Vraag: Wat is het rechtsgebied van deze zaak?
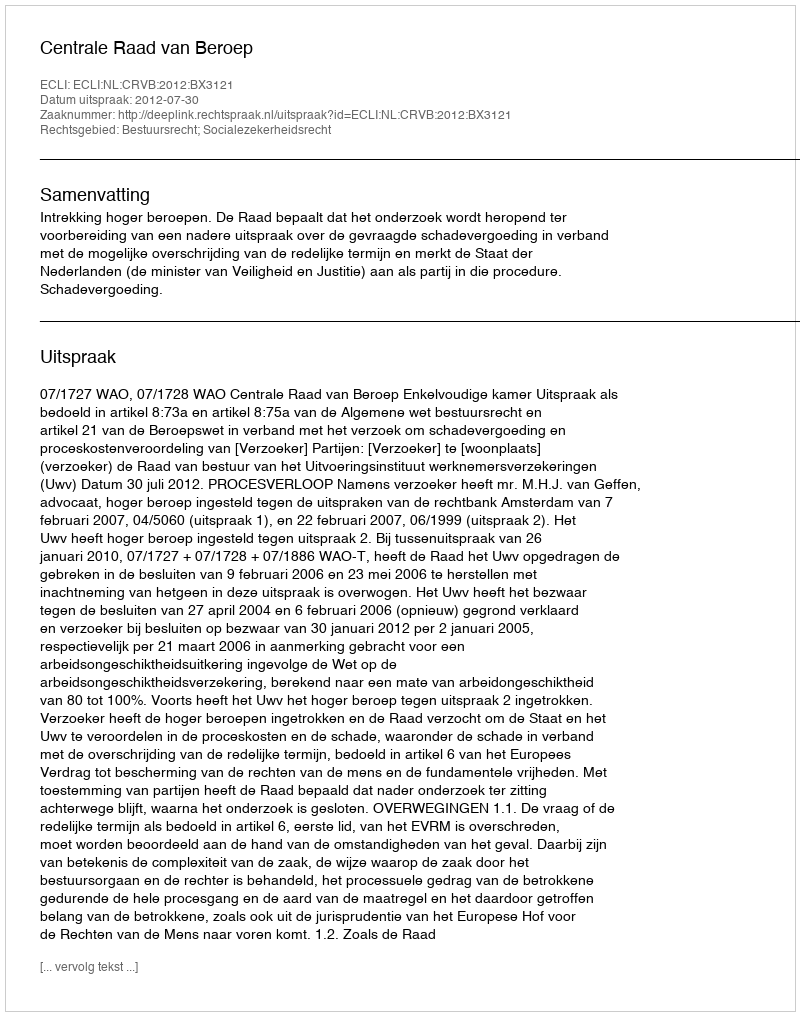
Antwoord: Bestuursrecht; Socialezekerheidsrecht